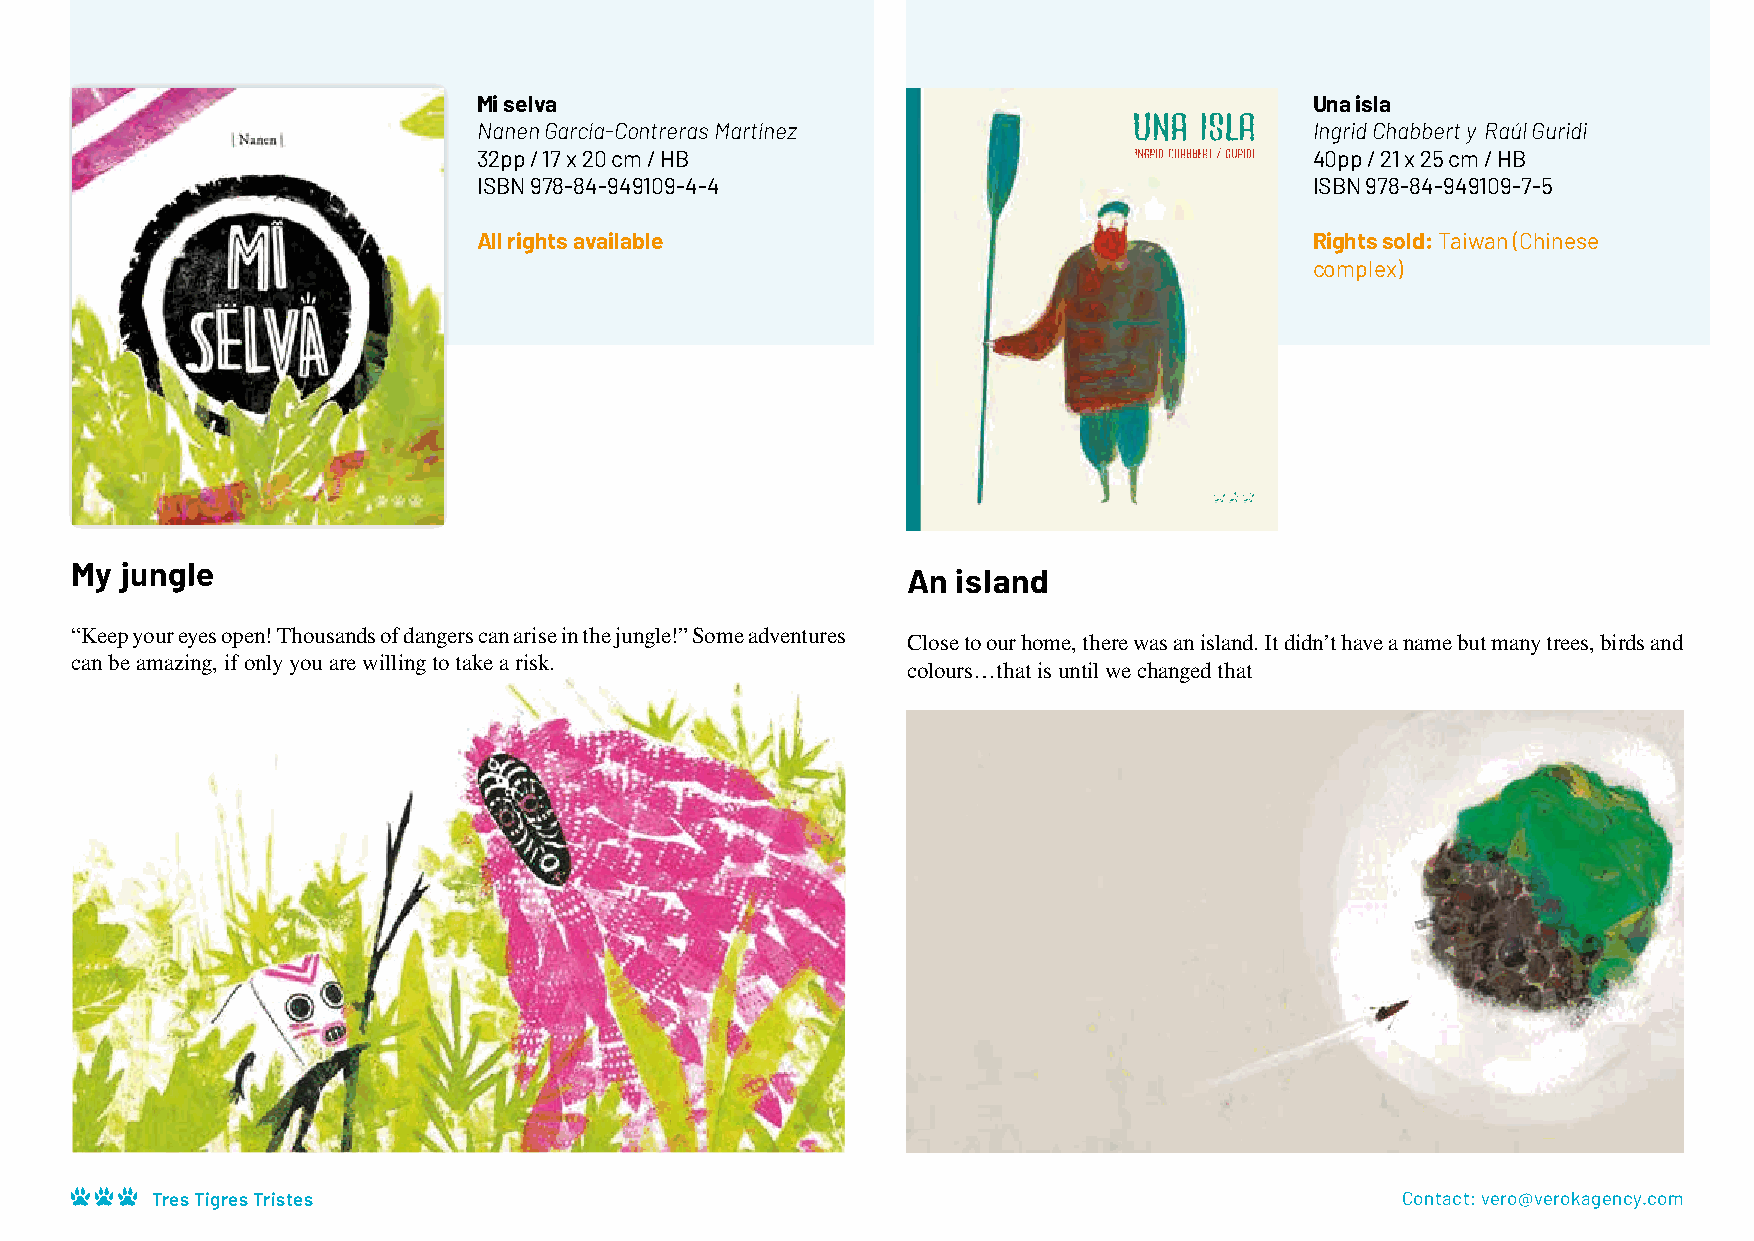
Mi selva                                               Una isla
 Nanen García-Contreras Martínez                        Ingrid Chabbert y Raúl Guridi
 32pp / 17 x 20 cm / HB                                 40pp / 21 x 25 cm / HB
 ISBN 978-84-949109-4-4                                 ISBN 978-84-949109-7-5
 All rights available                                   Rights sold: Taiwan (Chinese
 complex)
 My jungle
 An island
 “Keep your eyes open! Thousands of dangers can arise in the jungle!” Some adventures
 Close to our home, there was an island. It didn’t have a name but many trees, birds and
 can be amazing, if only you are willing to take a risk.
 colours…that is until we changed that
 Es lo que me dijo Gran Brujo
 antes de emprender mi aventura.
 Tres Tigres Tristes                                                                Contact: vero@verokagency.com